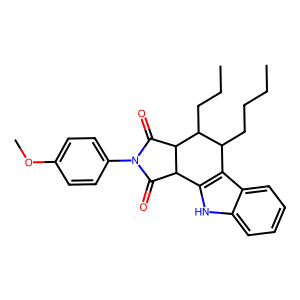
SMILES: CCCCC1c2c([nH]c3ccccc23)C2C(=O)N(c3ccc(OC)cc3)C(=O)C2C1CCC
Inhibits HIV replication: No